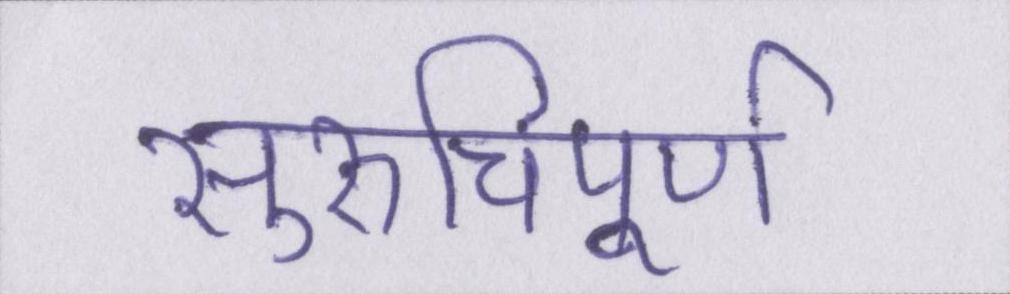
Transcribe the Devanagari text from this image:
सुरुचिपूर्ण